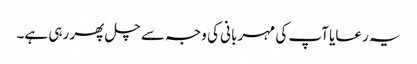
یہ رعایا آپ کی مہربانی کی وجہ سے چل پھر رہی ہے۔